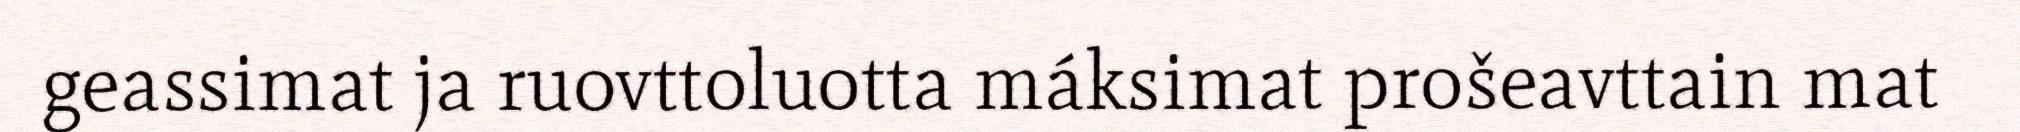
geassimat ja ruovttoluotta máksimat prošeavttain mat